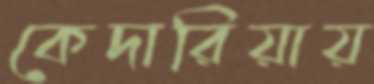
কেদারিয়ায়